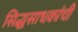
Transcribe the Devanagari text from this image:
सिद्धसाधकांची